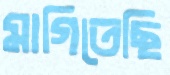
মাগিতেছি